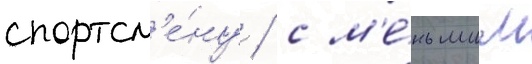
спортсм'е́ну / с м'е́ньшим